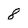
Character: 8